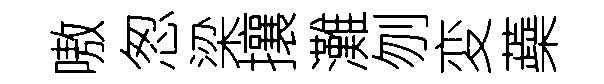
嗷怱梁攘灘刎変蘃